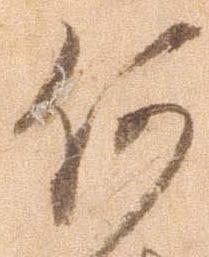
何